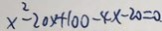
x ^ { 2 } - 2 0 x + 1 0 0 - 4 x - 2 0 = 0